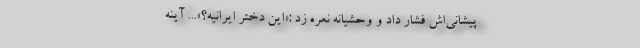
پیشانی‌اش فشار داد و وحشیانه نعره زد :«این دختر ایرانیه؟»... آینه